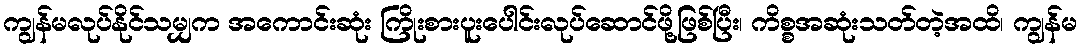
ကျွန်မလုပ်နိုင်သမျှက အကောင်းဆုံး ကြိုးစားပူးပေါင်းလုပ်ဆောင်ဖို့ဖြစ်ပြီး၊ ကိစ္စအဆုံးသတ်တဲ့အထိ၊ ကျွန်မ